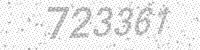
Solution: 723361